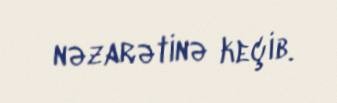
nəzarətinə keçib.